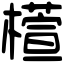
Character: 𣜯